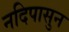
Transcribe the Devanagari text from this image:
नदिपासुन